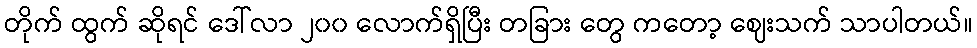
တိုက် ထွက် ဆိုရင် ဒေါ်လာ ၂၀၀ လောက်ရှိပြီး တခြား တွေ ကတော့ ဈေးသက် သာပါတယ်။